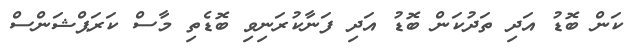
ކަން ބޮޑު އަދި ތަދުކަން ބޮޑު އަދި ފަނާކުރަނިވި ބޮޑެތި މާސް ކަރަޕްޝަންސް